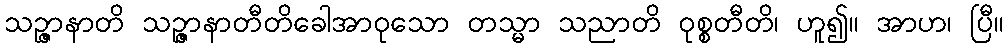
သဉ္ဇာနာတိ သဉ္ဇာနာတီတိခေါအာဝုသော တသ္မာ သညာတိ ဝုစ္စတီတိ၊ ဟူ၍။ အာဟ၊ ပြီ။